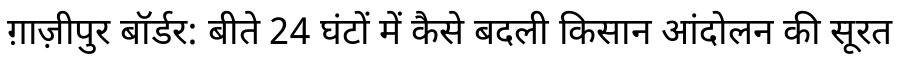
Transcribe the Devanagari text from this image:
ग़ाज़ीपुर बॉर्डर: बीते 24 घंटों में कैसे बदली किसान आंदोलन की सूरत